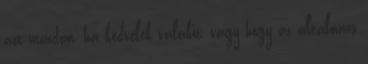
azt mondom, ha kedvelek valakit, vagy hogy az általános